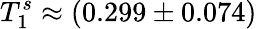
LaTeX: T_{1}^{s}\approx(0.299\pm 0.074)